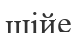
шійе